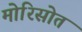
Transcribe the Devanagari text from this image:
मोरिसोत